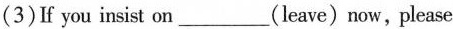
(3)If you insist on___(leave) now，please